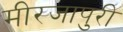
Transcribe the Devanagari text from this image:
मीरजापुरी